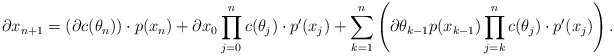
\begin{align*}\partial x_{n+1} = \left( \partial c(\theta_n) \right) \cdot p(x_n) + \partial x_0 \prod \limits_{j = 0}^n c(\theta_j) \cdot p'(x_j)+ \sum \limits_{k = 1}^n \left( \partial \theta_{k-1} p(x_{k-1}) \prod \limits_{j = k}^n c(\theta_j) \cdot p'(x_j) \right).\end{align*}